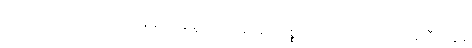
ကောင်းကင်ယံ အလင်းညစ်ညမ်းမှု လျှော့ချရေးကိစ္စကို သက်ဆိုင်ရာ ကုမ္ပဏီတွေနဲ့